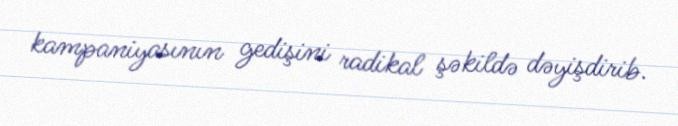
kampaniyasının gedişini radikal şəkildə dəyişdirib.